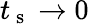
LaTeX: t_{\mathrm{~s~}}\to 0